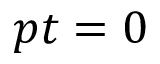
p t = 0